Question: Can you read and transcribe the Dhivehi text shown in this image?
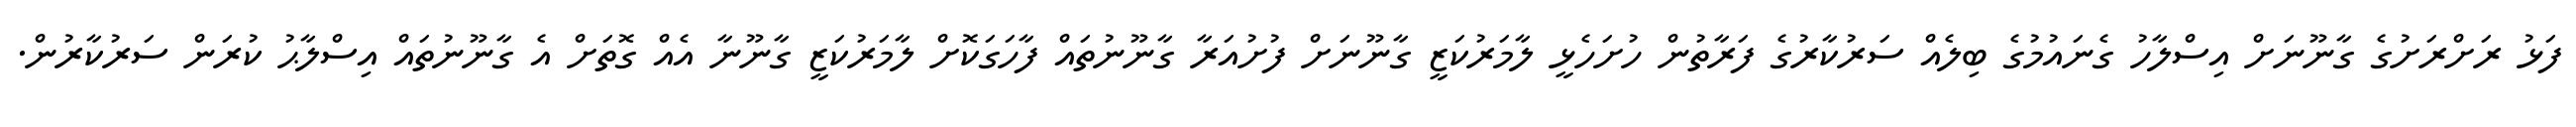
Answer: ފަޅު ރަށްރަށުގެ ގާނޫނަށް އިސްލާހު ގެނައުމުގެ ބިލެއް ސަރުކާރުގެ ފަރާތުން ހުށަހެޅީ ލާމަރުކަޒީ ގާނޫނަށް ފުށުއަރާ ގާނޫނުތައް ފާހަގަކޮށް ލާމަރުކަޒީ ގާނޫނާ އެއް ގޮތަށް އެ ގާނޫނުތައް އިސްލާޙު ކުރަން ސަރުކާރުން.